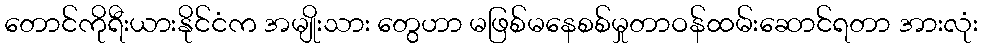
တောင်ကိုရီးယားနိုင်ငံက အမျိုးသား တွေဟာ မဖြစ်မနေစစ်မှုတာဝန်ထမ်းဆောင်ရတာ အားလုံး